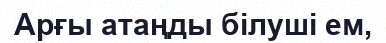
Арғы атаңды білуші ем,